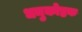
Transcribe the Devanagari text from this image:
धनुकोष्ठक